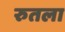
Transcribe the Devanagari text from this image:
रुतला